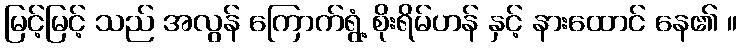
မြင့်မြင့် သည် အလွန် ကြောက်ရွံ့ စိုးရိမ်ဟန် နှင့် နားထောင် နေ၏ ။